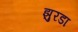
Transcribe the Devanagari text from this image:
झुरडा